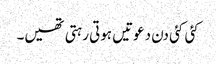
کئی کئی دن دعوتیں ہوتی رہتی تھیں۔